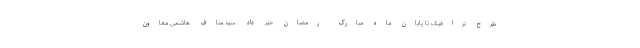
طرح ترافیک تا پایان ماه مبارک رمضان خبر داد. سید مناف هاشمی معاون